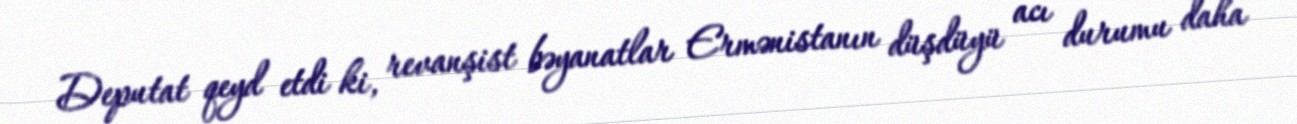
Deputat qeyd etdi ki, revanşist bəyanatlar Ermənistanın düşdüyü acı durumu daha